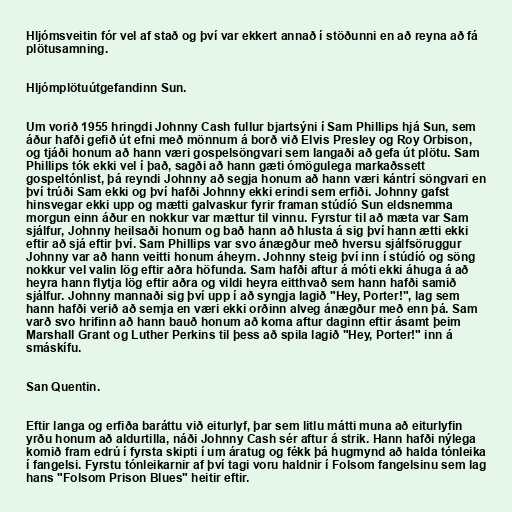
Hljómsveitin fór vel af stað og því var ekkert annað í stöðunni en að reyna að fá
plötusamning.

Hljómplötuútgefandinn Sun.

Um vorið 1955 hringdi Johnny Cash fullur bjartsýni í Sam Phillips hjá Sun, sem
áður hafði gefið út efni með mönnum á borð við Elvis Presley og Roy Orbison,
og tjáði honum að hann væri gospelsöngvari sem langaði að gefa út plötu. Sam
Phillips tók ekki vel í það, sagði að hann gæti ómögulega markaðssett
gospeltónlist, þá reyndi Johnny að segja honum að hann væri kántrí söngvari en
því trúði Sam ekki og því hafði Johnny ekki erindi sem erfiði. Johnny gafst
hinsvegar ekki upp og mætti galvaskur fyrir framan stúdíó Sun eldsnemma
morgun einn áður en nokkur var mættur til vinnu. Fyrstur til að mæta var Sam
sjálfur, Johnny heilsaði honum og bað hann að hlusta á sig því hann ætti ekki
eftir að sjá eftir því. Sam Phillips var svo ánægður með hversu sjálfsöruggur
Johnny var að hann veitti honum áheyrn. Johnny steig því inn í stúdíó og söng
nokkur vel valin lög eftir aðra höfunda. Sam hafði aftur á móti ekki áhuga á að
heyra hann flytja lög eftir aðra og vildi heyra eitthvað sem hann hafði samið
sjálfur. Johnny mannaði sig því upp í að syngja lagið "Hey, Porter!", lag sem
hann hafði verið að semja en væri ekki orðinn alveg ánægður með enn þá. Sam
varð svo hrifinn að hann bauð honum að koma aftur daginn eftir ásamt þeim
Marshall Grant og Luther Perkins til þess að spila lagið "Hey, Porter!" inn á
smáskífu.

San Quentin.

Eftir langa og erfiða baráttu við eiturlyf, þar sem litlu mátti muna að eiturlyfin
yrðu honum að aldurtilla, náði Johnny Cash sér aftur á strik. Hann hafði nýlega
komið fram edrú í fyrsta skipti í um áratug og fékk þá hugmynd að halda tónleika
í fangelsi. Fyrstu tónleikarnir af því tagi voru haldnir í Folsom fangelsinu sem lag
hans "Folsom Prison Blues" heitir eftir.